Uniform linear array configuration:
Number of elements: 8
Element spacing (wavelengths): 0.75
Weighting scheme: hamming
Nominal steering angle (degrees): -45
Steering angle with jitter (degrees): -46.391
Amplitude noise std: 0.05
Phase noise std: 0.05

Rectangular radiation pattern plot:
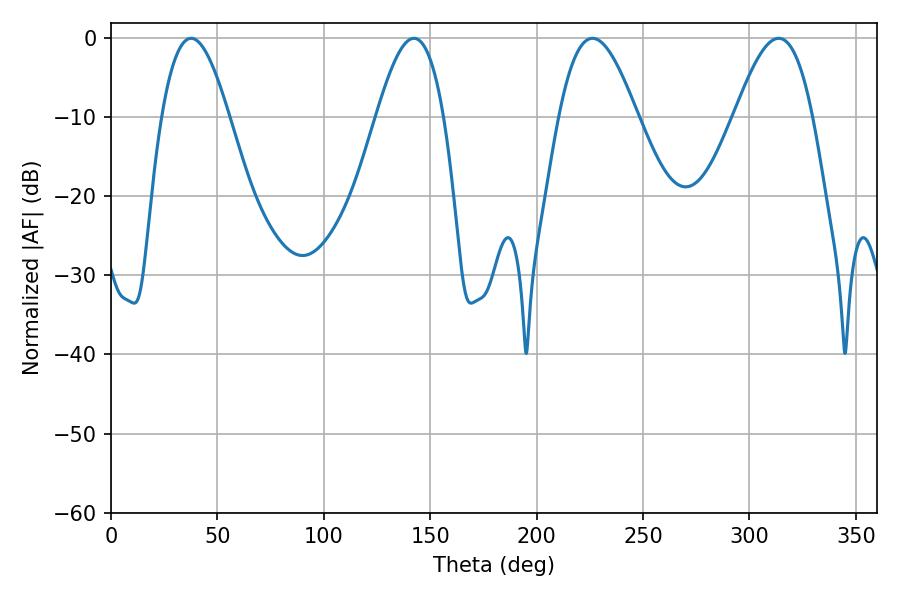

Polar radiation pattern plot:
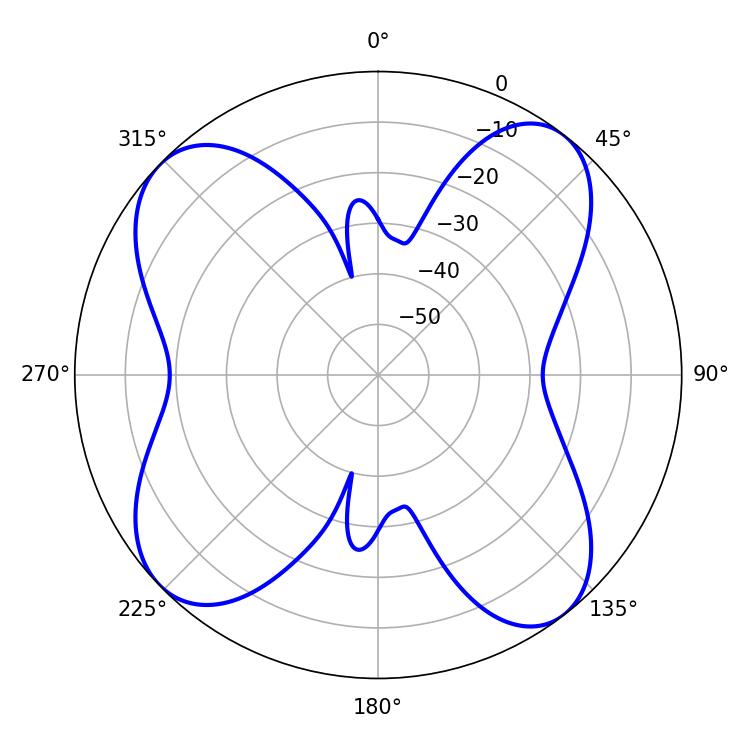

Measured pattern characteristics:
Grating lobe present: TRUE
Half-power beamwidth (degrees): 19.8
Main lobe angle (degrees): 313.74